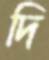
দি